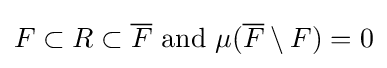
F\subset R\subset {\overline {F}}{\text{ and }}\mu ({\overline {F}}\setminus F)=0